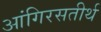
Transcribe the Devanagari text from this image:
आंगिरसतीर्थ